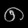
Digit: ၈